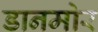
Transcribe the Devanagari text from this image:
डानमोर